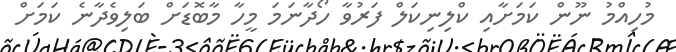
މުހިއްމު ނޫން ކަމަށާއި ކްލިނިކަލް ފަރުވާ ހޯދާނަމަ މީހާ މާބޮޑަށް ބަލިވެދާނެ ކަމަށް